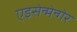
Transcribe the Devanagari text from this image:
एइसेन्मेन्गेर